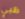
ظبي